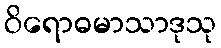
ဝိရောဓမာသာဒုသု